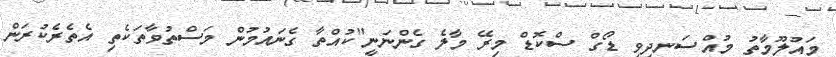
މައުލޫމާތު މުއްސަނދިވި ޑޯގް ސްކޮޑް މިރޭ މާލެ ގެންނަނީ"ކުުއްތާ ގެނައުމުން މަސްތުވާތަކެތި އެތެރެކުރަން